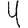
Digit: 4